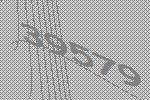
39579